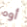
أوه